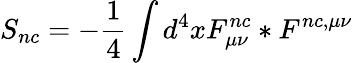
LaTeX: S_{nc}=-\frac{1}{4}\int d^{4}xF_{\mu\nu}^{nc}*F^{nc,\mu\nu}